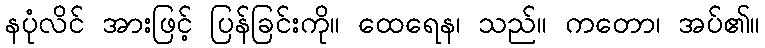
နပုံလိင် အားဖြင့် ပြန်ခြင်းကို။ ထေရေန၊ သည်။ ကတော၊ အပ်၏။